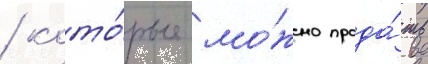
/ кото́рые мо́жно прода́ть